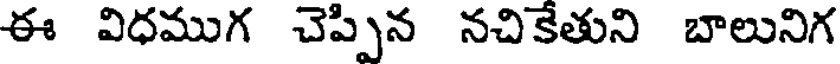
ఈ విధముగ చెప్పిన నచికేతుని బాలునిగ